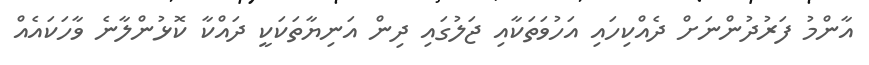
އާންމު ފަރުދުންނަށް ދެއްކިހައި އަހުވަތަކާއި ޖަލުގައި ދިން އަނިޔާތަކަކީ ދައްކާ ކޮޅުންލާނެ ވާހަކައެއް